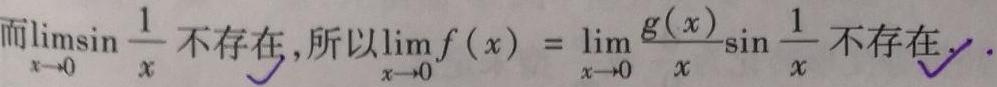
而$\lim_{x \to 0} \sin \frac{1}{x}$不存在, 所以$\lim_{x \to 0} f(x) = \lim_{x \to 0} \frac{g(x)}{x} \sin \frac{1}{x}$不存在.